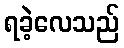
ရခဲ့လေသည်